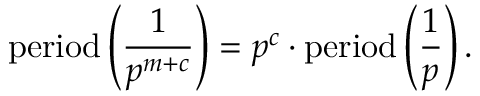
{ \mathrm { p e r i o d } } \left( { \frac { 1 } { p ^ { m + c } } } \right) = p ^ { c } \cdot { \mathrm { p e r i o d } } \left( { \frac { 1 } { p } } \right) .